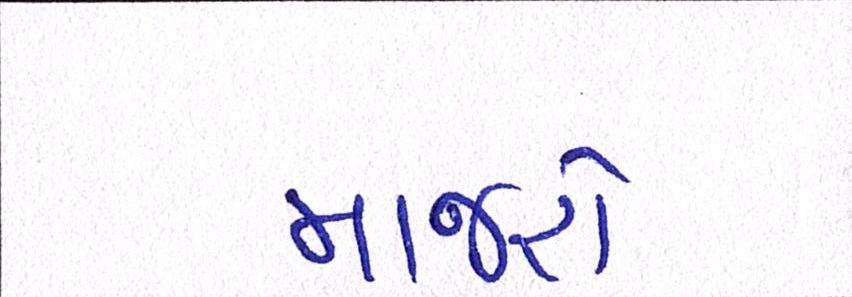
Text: માજરો